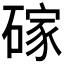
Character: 𪿭